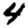
Digit: 4